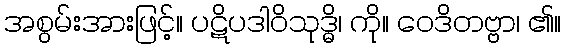
အစွမ်းအားဖြင့်။ ပဋိပဒါဝိသုဒ္ဓိ၊ ကို။ ဝေဒိတဗ္ဗာ၊ ၏။